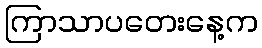
ကြာသာပတေးနေ့က